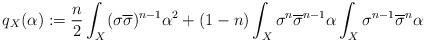
LaTeX: \begin{align*} q_X(\alpha):=\frac{n}{2}\int_X (\sigma\overline\sigma)^{n-1}\alpha^2+(1-n)\int_X\sigma^n\overline\sigma^{n-1}\alpha\int_X\sigma^{n-1}\overline\sigma^n\alpha \end{align*}